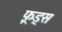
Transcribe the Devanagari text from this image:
फ़ूड्स